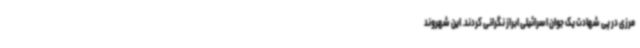
مرزی در پی شهادت یک جوان اسرائیلی ابراز نگرانی کردند. این شهروند